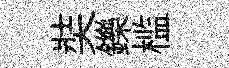
奘鑠槛